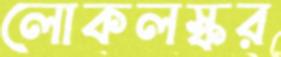
লোকলস্কর